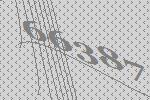
66387